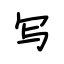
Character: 写